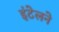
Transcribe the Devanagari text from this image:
इंटेलने